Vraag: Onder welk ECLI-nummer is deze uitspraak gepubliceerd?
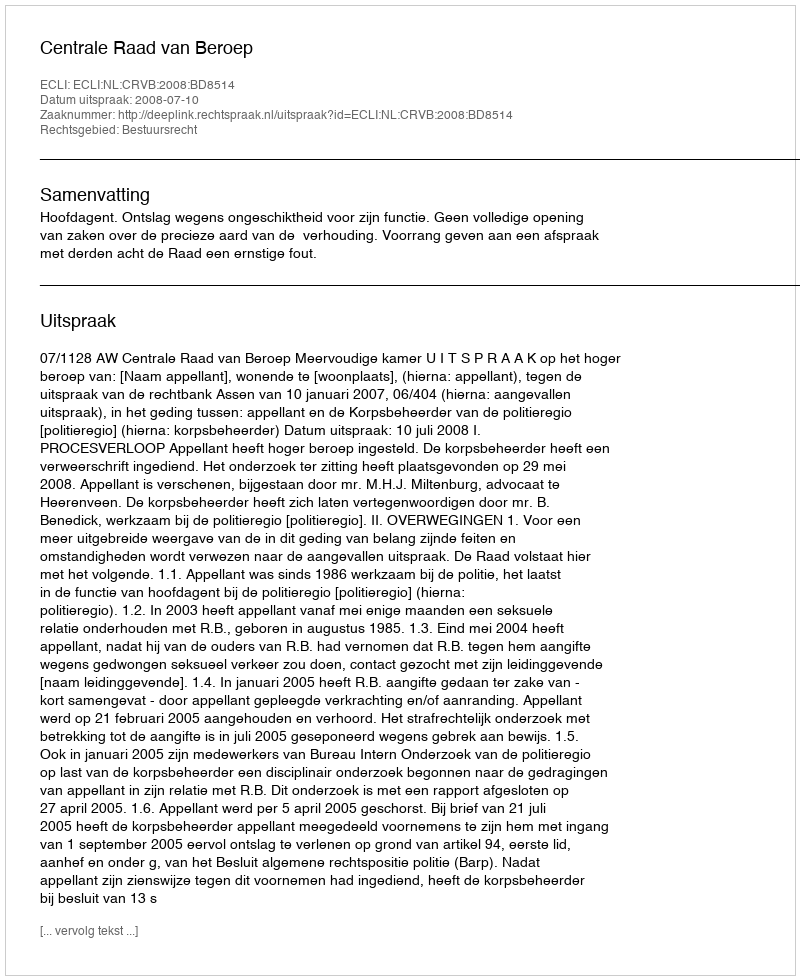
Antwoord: ECLI:NL:CRVB:2008:BD8514